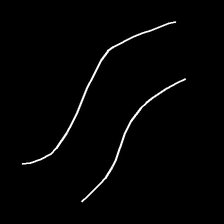
Glyph: float